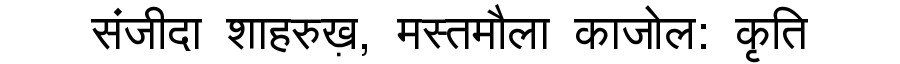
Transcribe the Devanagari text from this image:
संजीदा शाहरुख़, मस्तमौला काजोल: कृति